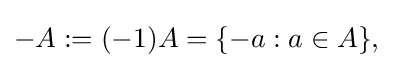
{\textstyle -A:=(-1)A=\{-a:a\in A\},}